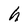
Character: h